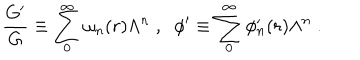
LaTeX: \frac { G ^ { \prime } } { G } \equiv \sum _ { 0 } ^ { \infty } \omega _ { n } ( r ) \Lambda ^ { n } \; , \; \; \phi ^ { \prime } \equiv \sum _ { 0 } ^ { \infty } \phi _ { n } ^ { \prime } ( r ) \Lambda ^ { n } \; .